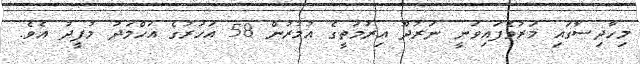
މިހާދިސާގައި މަރުވެފައިވަނީ ނަރުދޫ އިރުމަތީގެ އުމުރުން 58 އަހަރުގެ އަހްމަދު މުފީދު އެވެ.